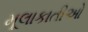
મૂલાકાતીઓ